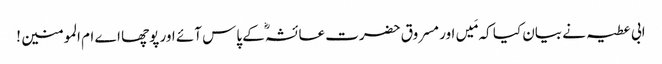
ابی عطیہ نے بیان کیا کہ مَیں اور مسروق حضرت عائشہؓ کے پاس آئے اور پوچھا اے ام المومنین !